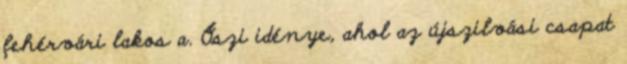
fehérvári lakos a. Őszi idénye, ahol az újszilvási csapat